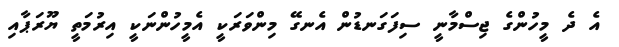
އެ ދެ މީހުންގެ ޖިސްމާނީ ސިފަގަނޑުން އެނގޭ މިންވަރަކީ އެމީހުންނަކީ އިރުމަތީ ޔޫރަޕާއި